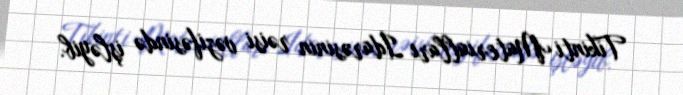
Tikinti Materialları İdarəsinin rəisi vəzifəsində işləyib.